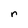
Character: r